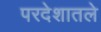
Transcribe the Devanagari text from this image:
परदेशातले